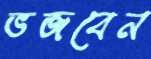
ভজবেন